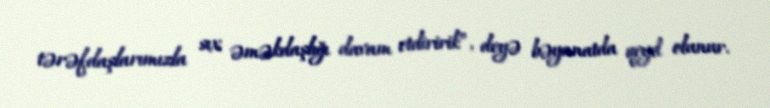
tərəfdaşlarımızla sıx əməkdaşlığı davam etdiririk”, deyə bəyanatda qeyd olunur.